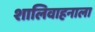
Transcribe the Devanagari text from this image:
शालिवाहनाला